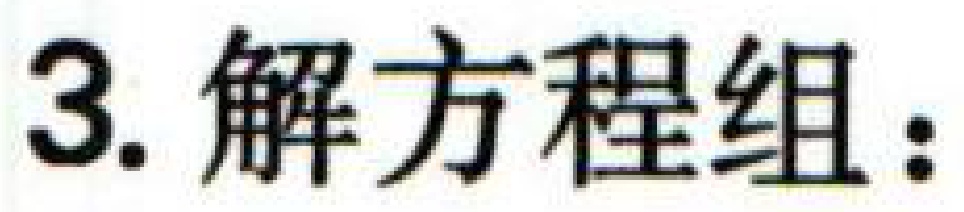
3. 解方程组：